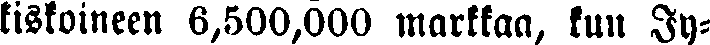
kiskoineen 6,500,000 markkaa, kun Jy-